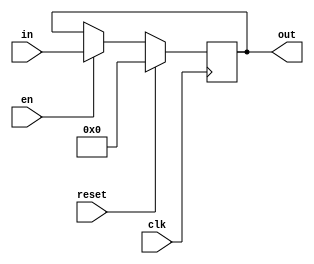
module latch32(
input wire clk, 
input wire en,
input wire reset,		// reeset sincronico con clk

input wire [31:0]in, 

output reg [31:0]out
);



always @(posedge clk) begin
    if (reset) begin
		out <= 0;
	 end
	 else if (en) begin
		out <= in;
    end
end

endmodule